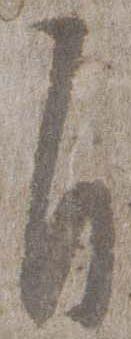
自